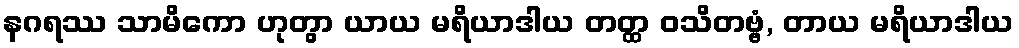
နဂရဿ သာမိကော ဟုတွာ ယာယ မရိယာဒါယ တတ္ထ ဝသိတဗ္ဗံ, တာယ မရိယာဒါယ